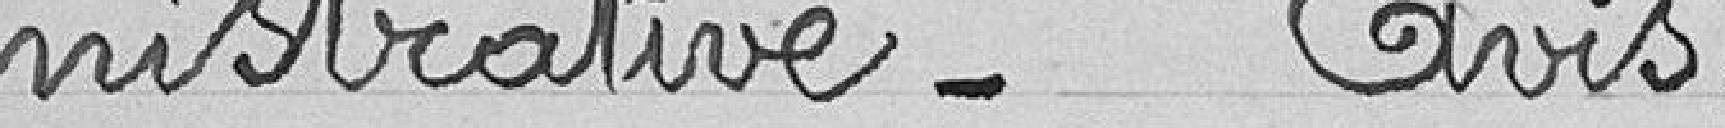
nistrative - Avis